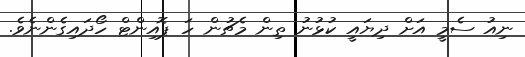
ނިއު ސެމީ އަށް ދިޔައީ ކުޅުނު ތިން މެޗުން ހަ ޕޮއިންޓް ހޯދައިގެންނެވެ.